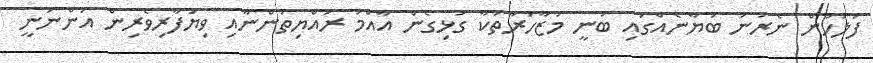
ފުލުހުން ނެރުނު ބަޔާނެއްގައި ބުނީ މުޒާހަރާތަކާ ގުޅިގެން އާއްމު ރައްޔިތުންނާއި ވިޔަފާރިވެރިން އަންނަނީ